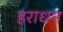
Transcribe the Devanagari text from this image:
हराधन